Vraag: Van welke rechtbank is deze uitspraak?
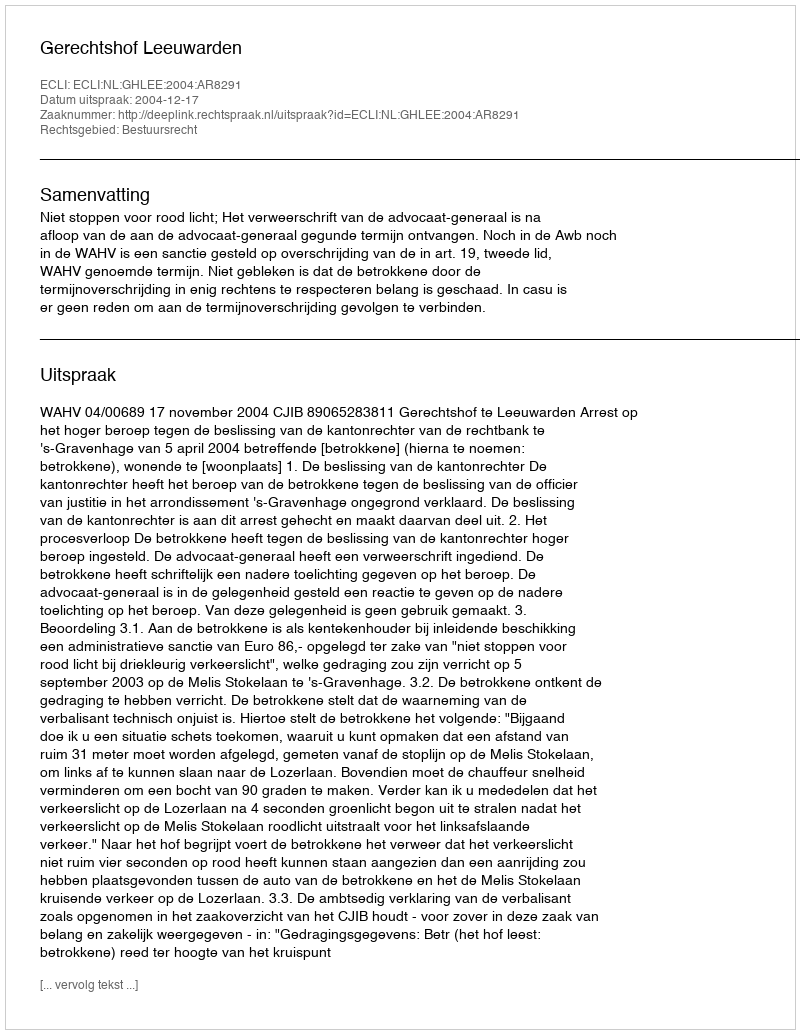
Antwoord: Gerechtshof Leeuwarden